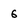
Character: 6